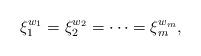
LaTeX: \begin{align*}\xi_1^{w_1} = \xi_2^{w_2} = \cdots = \xi_m^{w_m},\end{align*}